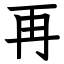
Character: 再